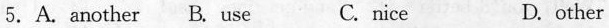
5. A.Another B. Use C. Nice D. other